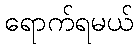
ရောက်ရမယ်